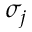
\sigma _ { j }